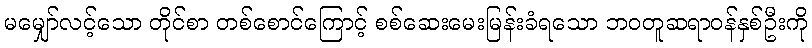
မမျှော်လင့်သော တိုင်စာ တစ်စောင်ကြောင့် စစ်ဆေးမေးမြန်းခံရသော ဘဝတူဆရာဝန်နှစ်ဦးကို